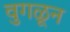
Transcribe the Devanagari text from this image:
वुगळून